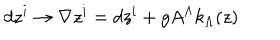
LaTeX: d z ^ { i } \rightarrow \nabla z ^ { i } = d z ^ { i } + g A ^ { \Lambda } k _ { \Lambda } ( z )